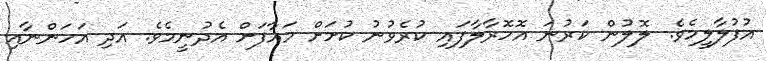
އުފުލާލީމެވެ. ލޮލުން ކަރުނަ އޮހޮރާލާފައި ކުރެވުނު ކުށަށް މައާފަށް އެދުނީމެވެ. އަދި އަހަންނާއި